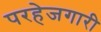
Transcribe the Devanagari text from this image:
परहेजगारी